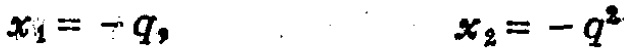
\(x_1 = -q, \quad x_2 = -q^2\)